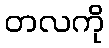
တလကို